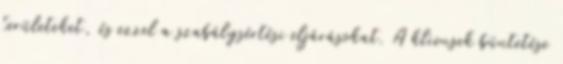
területeket, és ezzel a szabálysértési eljárásokat. A kliensek büntetése